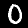
Digit: 0